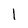
Character: l